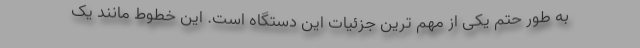
به طور حتم یکی از مهم ترین جزئیات این دستگاه است. این خطوط مانند یک